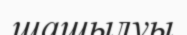
шашылуы